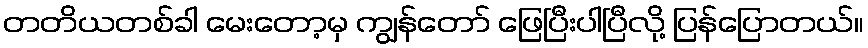
တတိယတစ်ခါ မေးတော့မှ ကျွန်တော် ဖြေပြီးပါပြီလို့ ပြန်ပြောတယ်။